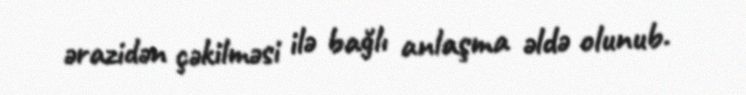
ərazidən çəkilməsi ilə bağlı anlaşma əldə olunub.